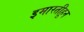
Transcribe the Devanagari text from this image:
इमारतीहून